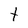
Character: t